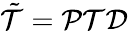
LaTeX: \tilde{\cal T}={\cal P}{\cal T}{\cal D}